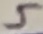
Text: 5